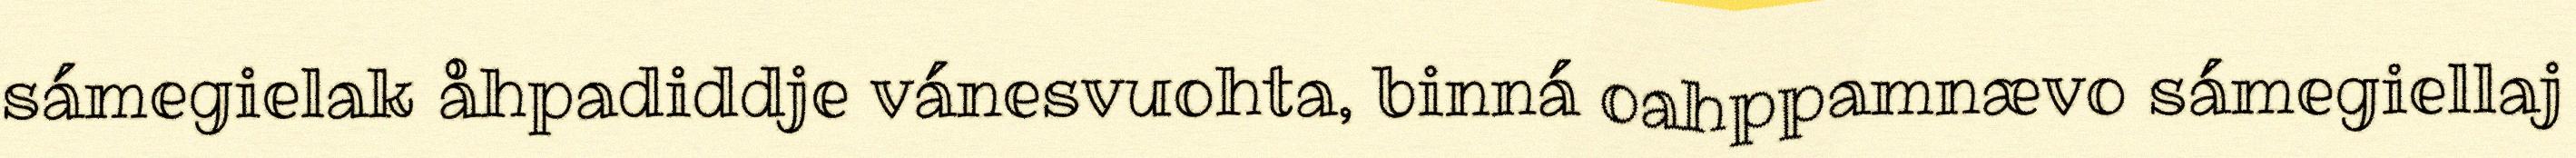
sámegielak åhpadiddje vánesvuohta, binná oahppamnævo sámegiellaj